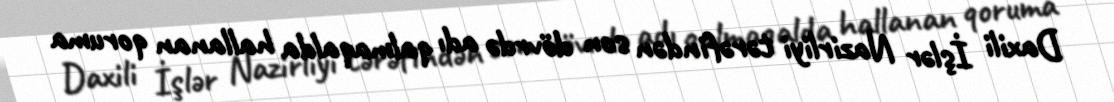
Daxili İşlər Nazirliyi tərəfindən son dövrdə adı qalmaqalda hallanan qoruma